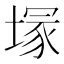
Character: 塜